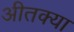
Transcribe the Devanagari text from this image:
अीतक्या